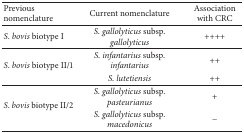
<table><thead><tr><td><b>Previous nomenclature</b></td><td><b>Current nomenclature</b></td><td><b>Association with CRC</b></td></tr></thead><tbody><tr><td><i>S</i>. <i>bovis</i> biotype I</td><td><i>S</i>. <i>gallolyticus</i> subsp. <i>gallolyticus</i></td><td>++++</td></tr><tr><td rowspan="2"><i>S</i>. <i>bovis</i> biotype II/1</td><td><i>S</i>. <i>infantarius</i> subsp. <i>infantarius</i></td><td>++</td></tr><tr><td><i>S</i>. <i>lutetiensis</i></td><td>++</td></tr><tr><td rowspan="2"><i>S</i>. <i>bovis</i> biotype II/2</td><td><i>S</i>. <i>gallolyticus</i> subsp. <i>pasteurianus</i></td><td>+</td></tr><tr><td><i>S</i>. <i>gallolyticus</i> subsp. <i>macedonicus</i></td><td>−</td></tr></tbody></table>